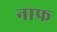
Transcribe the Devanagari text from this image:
नाफ